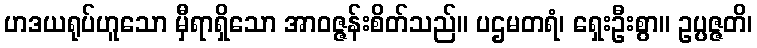
ဟဒယရုပ်ဟူသော မှီရာရှိသော အာဝဇ္ဇန်းစိတ်သည်။ ပဌမတရံ၊ ရှေးဦးစွာ။ ဥပ္ပဇ္ဇတိ၊